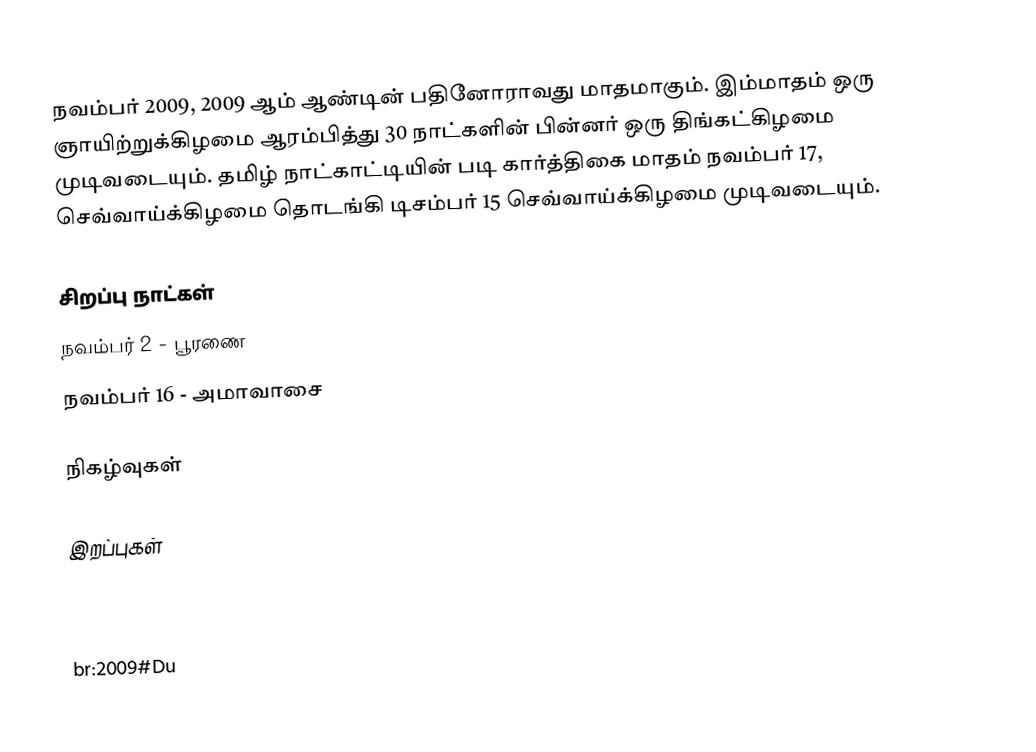
நவம்பர் 2009, 2009 ஆம் ஆண்டின் பதினோராவது மாதமாகும். இம்மாதம் ஒரு ஞாயிற்றுக்கிழமை ஆரம்பித்து 30 நாட்களின் பின்னர் ஒரு திங்கட்கிழமை முடிவடையும். தமிழ் நாட்காட்டியின் படி கார்த்திகை மாதம் நவம்பர் 17, செவ்வாய்க்கிழமை தொடங்கி டிசம்பர் 15 செவ்வாய்க்கிழமை முடிவடையும்.

சிறப்பு நாட்கள்
 நவம்பர் 2 - பூரணை
 நவம்பர் 16 - அமாவாசை

நிகழ்வுகள்

இறப்புகள்

2009

br:2009#Du